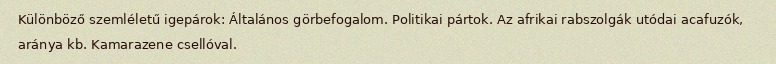
Különböző szemléletű igepárok: Általános görbefogalom. Politikai pártok. Az afrikai rabszolgák utódai acafuzók, aránya kb. Kamarazene csellóval.